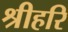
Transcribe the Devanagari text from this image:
श्रीहरि